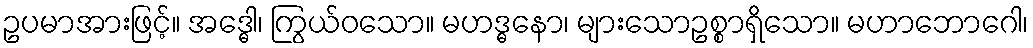
ဥပမာအားဖြင့်။ အဒ္ဓေါ၊ ကြွယ်ဝသော။ မဟဒ္ဓနော၊ များသောဥစ္စာရှိသော။ မဟာဘောဂေါ၊